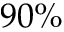
9 0 \%